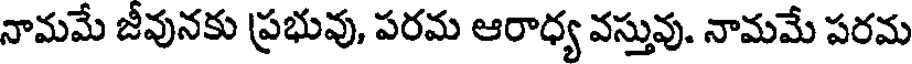
నామమే జీవునకు ప్రభువు, పరమ ఆరాధ్య వస్తువు. నామమే పరమ